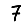
Digit: 7